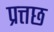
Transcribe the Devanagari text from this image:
प्रत्तछ